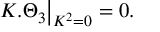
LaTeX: K . \Theta _ { 3 } { \big | } _ { K ^ { 2 } = 0 } = 0 .